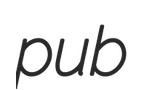
pub